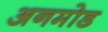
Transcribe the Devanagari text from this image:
अनमोड